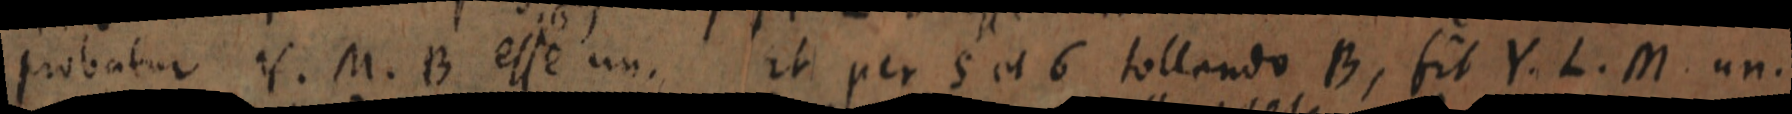
probatur Y. M. B esse un. Et per 5 et 6 tollando B, fit Y. L. M. un.